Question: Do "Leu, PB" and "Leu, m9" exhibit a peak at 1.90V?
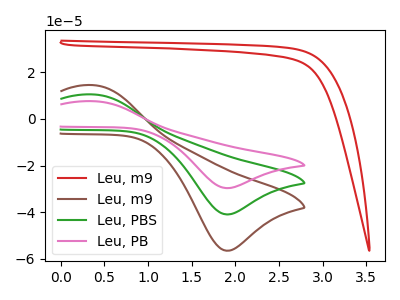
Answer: <think>The red curve "Leu, m9" has no peaks. The brown curve "Leu, m9" has an anodic peak at (0.40V, 14.45uA) and a cathodic peak at (1.90V, -56.50uA). The green curve "Leu, PBS" has an anodic peak at (0.40V, 10.50uA) and a cathodic peak at (1.90V, -40.95uA). The pink curve "Leu, PB" has an anodic peak at (0.40V, 20.95uA) and a cathodic peak at (1.90V, -81.90uA).</think>
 <answer>Yes, "Leu, PB" and "Leu, m9" share a peak at 1.90V.</answer>
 <eval>match</eval>